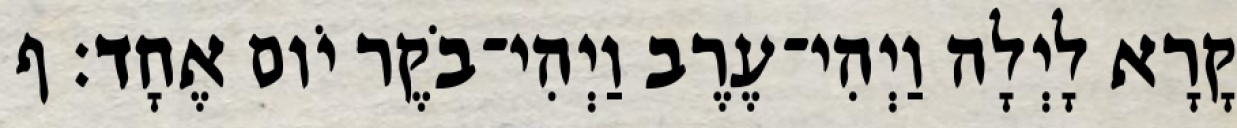
קָרָא לָיְלָה וַיְהִי־עֶרֶב וַיְהִי־בֹקֶר יֹום אֶחָד׃ ף